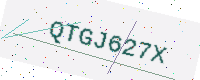
Text: QTGJ627X